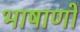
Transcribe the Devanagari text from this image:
भाषाणों